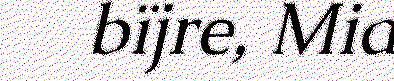
bïjre, Mia